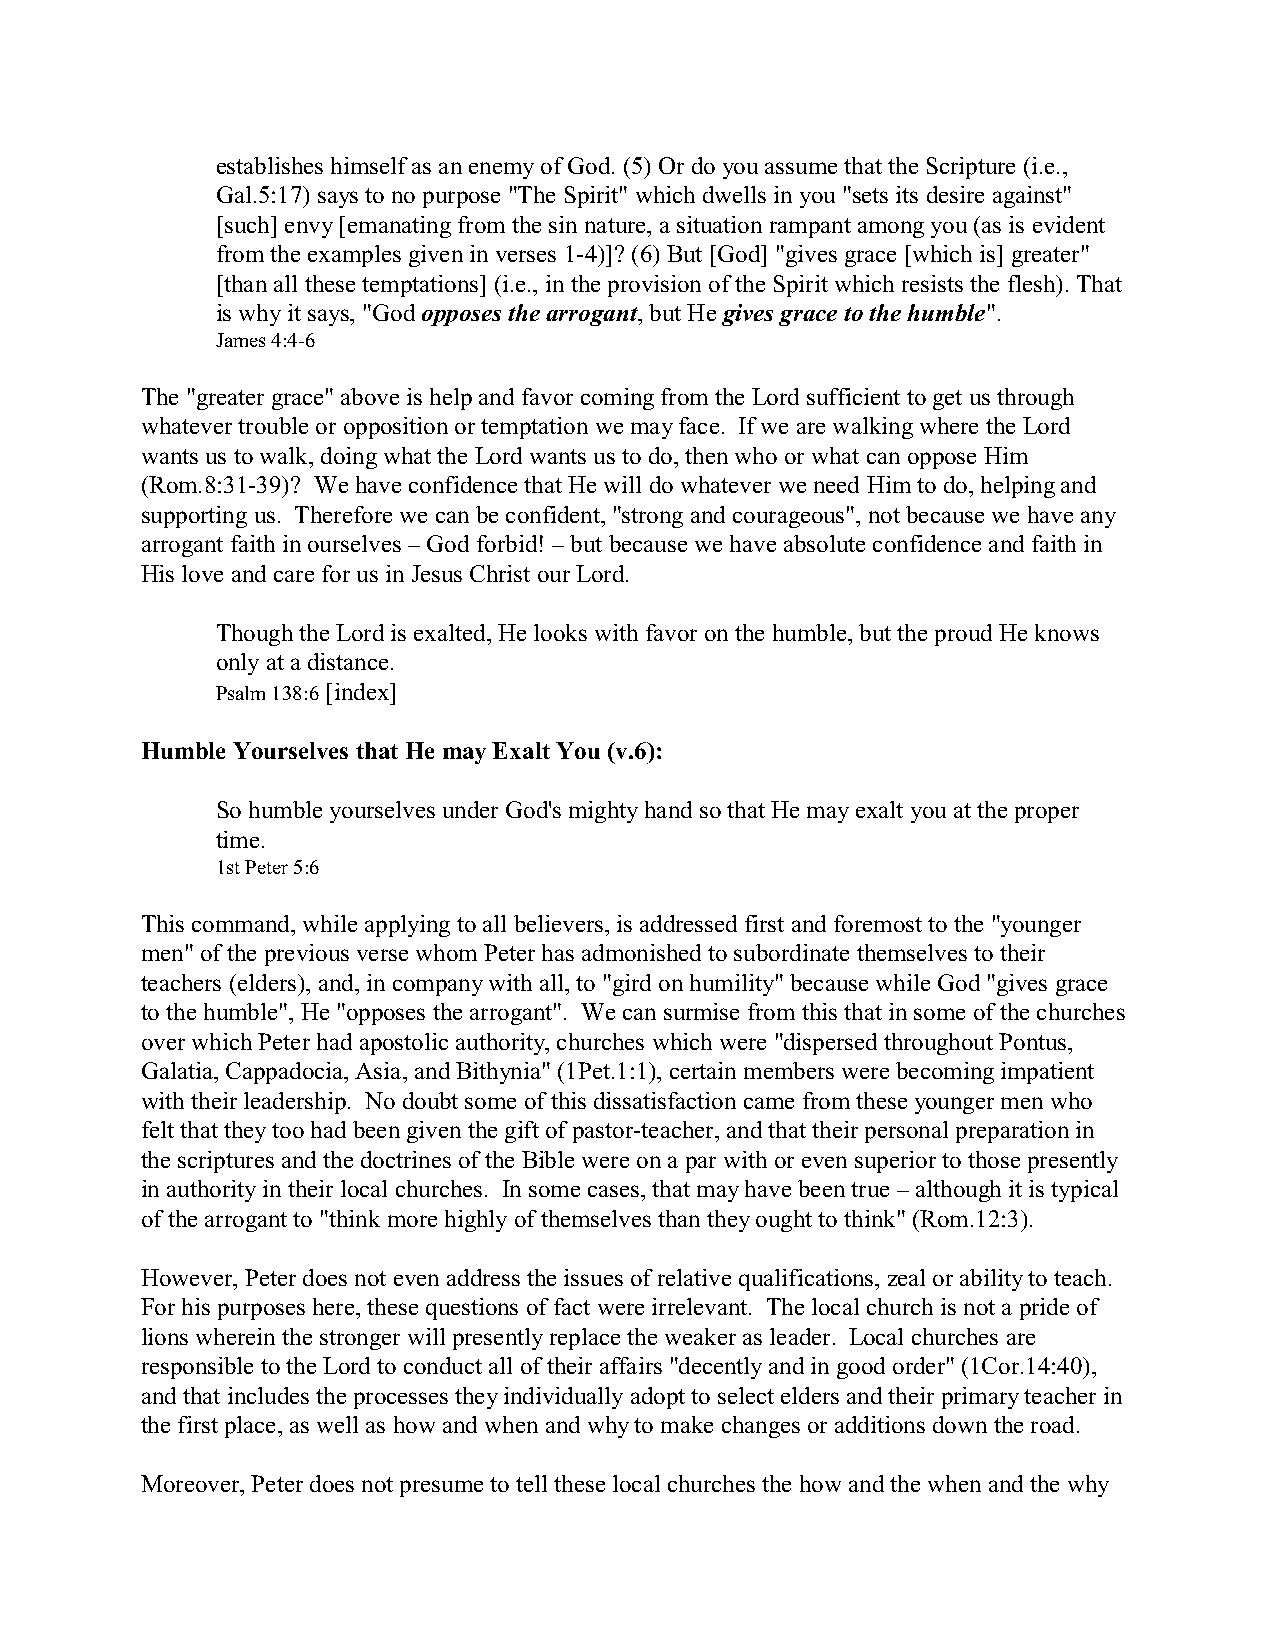
establishes himself as an enemy of God. (5) Or do you assume that the Scripture (i.e.,
 Gal.5:17) says to no purpose "The Spirit" which dwells in you "sets its desire against"
 [such] envy [emanating from the sin nature, a situation rampant among you (as is evident
 from the examples given in verses 1-4)]? (6) But [God] "gives grace [which is] greater"
 [than all these temptations] (i.e., in the provision of the Spirit which resists the flesh). That
 is why it says, "God opposes the arrogant, but He gives grace to the humble".
 James 4:4-6
 The "greater grace" above is help and favor coming from the Lord sufficient to get us through
 whatever trouble or opposition or temptation we may face. If we are walking where the Lord
 wants us to walk, doing what the Lord wants us to do, then who or what can oppose Him
 (Rom.8:31-39)? We have confidence that He will do whatever we need Him to do, helping and
 supporting us. Therefore we can be confident, "strong and courageous", not because we have any
 arrogant faith in ourselves – God forbid! – but because we have absolute confidence and faith in
 His love and care for us in Jesus Christ our Lord.
 Though the Lord is exalted, He looks with favor on the humble, but the proud He knows
 only at a distance.
 Psalm 138:6 [index]
 Humble Yourselves that He may Exalt You (v.6):
 So humble yourselves under God's mighty hand so that He may exalt you at the proper
 time.
 1st Peter 5:6
 This command, while applying to all believers, is addressed first and foremost to the "younger
 men" of the previous verse whom Peter has admonished to subordinate themselves to their
 teachers (elders), and, in company with all, to "gird on humility" because while God "gives grace
 to the humble", He "opposes the arrogant". We can surmise from this that in some of the churches
 over which Peter had apostolic authority, churches which were "dispersed throughout Pontus,
 Galatia, Cappadocia, Asia, and Bithynia" (1Pet.1:1), certain members were becoming impatient
 with their leadership. No doubt some of this dissatisfaction came from these younger men who
 felt that they too had been given the gift of pastor-teacher, and that their personal preparation in
 the scriptures and the doctrines of the Bible were on a par with or even superior to those presently
 in authority in their local churches. In some cases, that may have been true – although it is typical
 of the arrogant to "think more highly of themselves than they ought to think" (Rom.12:3).
 However, Peter does not even address the issues of relative qualifications, zeal or ability to teach.
 For his purposes here, these questions of fact were irrelevant. The local church is not a pride of
 lions wherein the stronger will presently replace the weaker as leader. Local churches are
 responsible to the Lord to conduct all of their affairs "decently and in good order" (1Cor.14:40),
 and that includes the processes they individually adopt to select elders and their primary teacher in
 the first place, as well as how and when and why to make changes or additions down the road.
 Moreover, Peter does not presume to tell these local churches the how and the when and the why